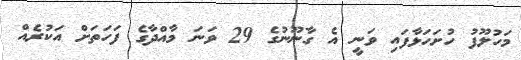
މަހުލޫފު ހުށަހަޅާފައި ވަނީ އެ ގާނޫނުގެ 29 ވަނަ މާއްދާގެ ފަހަތަށް އަކުރެއް